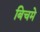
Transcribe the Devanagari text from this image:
बिचमे